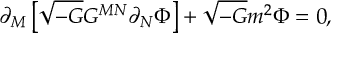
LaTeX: \partial _ { M } \left[ \sqrt { - G } G ^ { M N } \partial _ { N } \Phi \right] + \sqrt { - G } m ^ { 2 } \Phi = 0 ,